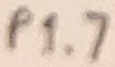
Text: P1.7